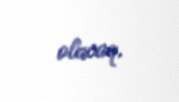
olacaq.